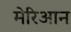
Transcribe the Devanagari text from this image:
मेरिआन